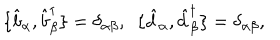
LaTeX: \{ \hat { b } _ { \alpha } , \hat { b } _ { \beta } ^ { \dagger } \} = \delta _ { \alpha \beta } , ~ ~ \{ \hat { d } _ { \alpha } , \hat { d } _ { \beta } ^ { \dagger } \} = \delta _ { \alpha \beta } ,